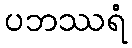
ပဘဿရံ